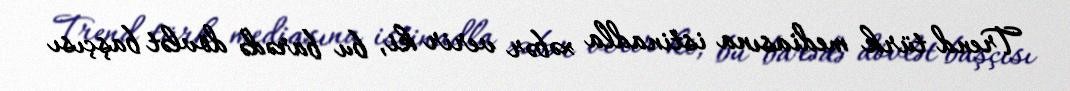
Trend türk mediasına istinadla xəbər verir ki, bu barədə dövlət başçısı